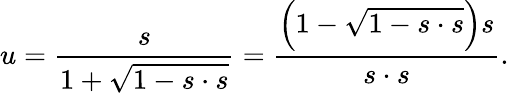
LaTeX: u={\frac{s}{1+{\sqrt{1-s\cdot s}}}}={\frac{\left(1-{\sqrt{1-s\cdot s}}\right)s}{s\cdot s}}.